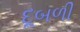
દૂબળી